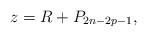
LaTeX: \begin{align*}z=R+P_{2n-2p-1},\end{align*}